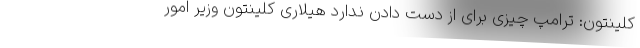
کلینتون: ترامپ چیزی برای از دست دادن ندارد هیلاری کلینتون وزیر امور